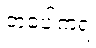
တပေါကရံ